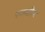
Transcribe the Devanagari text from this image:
रुकडीस